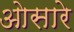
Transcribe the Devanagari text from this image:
ओसारे